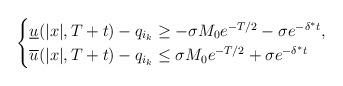
LaTeX: \begin{align*}\begin{cases}\underline u(|x|, T+t)- q_{i_k}\geq -\sigma M_0 e^{-T/2}-\sigma e^{-\delta^* t},\\\overline u(|x|, T+t)- q_{i_k}\leq \sigma M_0 e^{-T/2}+\sigma e^{-\delta^* t}\end{cases}\end{align*}